Annual report on the mental hospital in the Central Provinces and Berar (Nagpur) - 1927-1951
Year: 1927
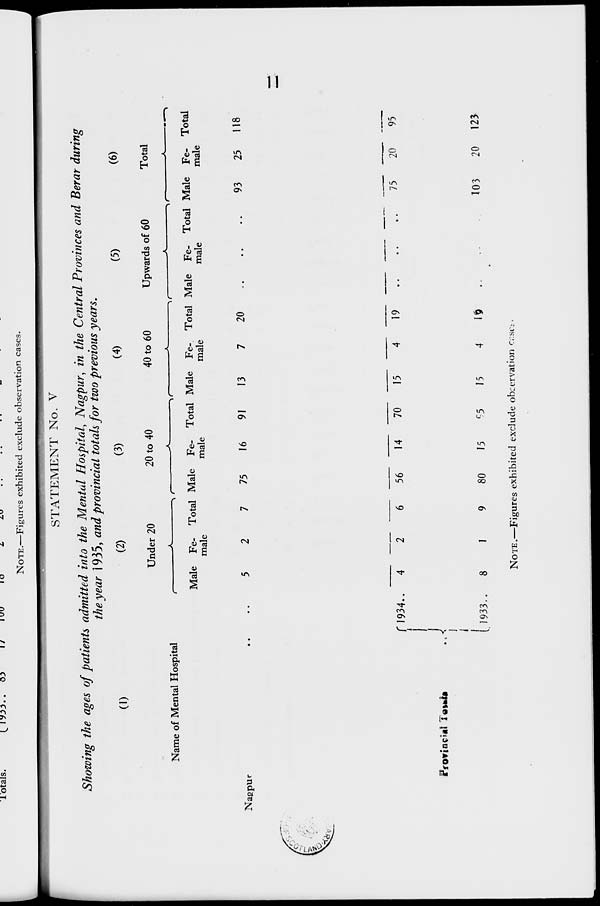
11
STATEMENT No. V
Showing the ages of patients admitted into the Mental Hospital, Nagpur, in the Central Provinces and Berar during
the year 1935, and provincial totals for two previous years.
(1)
Name of Mental Hospital
Nagpur .. ..
Provincial Totats ..
1934 ..
1933 ..
(2)
Under 20
Male
5
4
8
Fe-
male
2
2
1
Total
7
6
9
(3)
20 to 40
Male
75
56
80
Fe-
male
16
14
15
Total
91
70
95
(4)
40 to 60
Male
13
15
15
Fe-
male
7
4
4
Total
20
19
19
(5)
Upwards of 60
Male
..
..
..
Fe-
male
..
..
..
Total
..
..
..
(6)
Total
Male
93
75
103
Fe-
male
25
20
20
Total
118
95
123
NOTE.—Figures exhibited exclude observation cases.